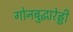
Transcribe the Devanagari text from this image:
गोनबुद्धारेड्डी